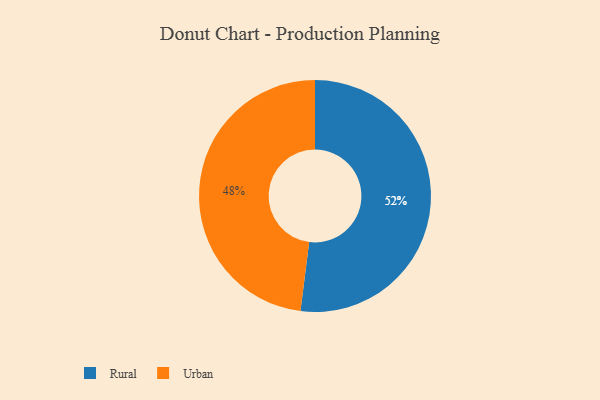
{"axis": {"x": "Category", "y": "Percentage"}, "legend": ["Rural", "Urban"], "data": [{"x": "Rural", "y": 52, "type": "Rural"}, {"x": "Urban", "y": 48, "type": "Urban"}]}